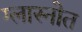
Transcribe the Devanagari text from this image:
ग्लास्नोत